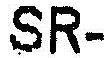
SR-